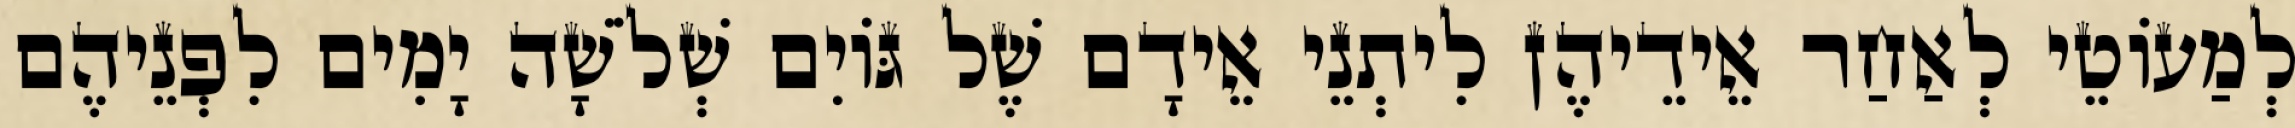
לְמַעוֹטֵי לְאַחַר אֵידֵיהֶן לִיתְנֵי אֵידָם שֶׁל גּוֹיִם שְׁלֹשָׁה יָמִים לִפְנֵיהֶם